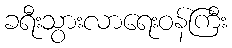
ခရီးသွားလာရေးဝန်ကြီး